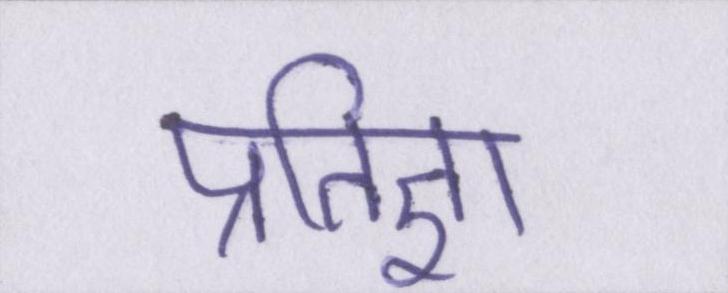
प्रतिज्ञा